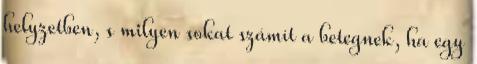
helyzetben, s milyen sokat számít a betegnek, ha egy